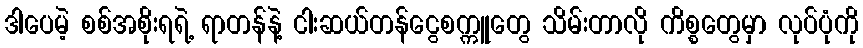
ဒါပေမဲ့ စစ်အစိုးရရဲ့ ရာတန်နဲ့ ငါးဆယ်တန်ငွေစက္ကူတွေ သိမ်းတာလို ကိစ္စတွေမှာ လုပ်ပုံကို